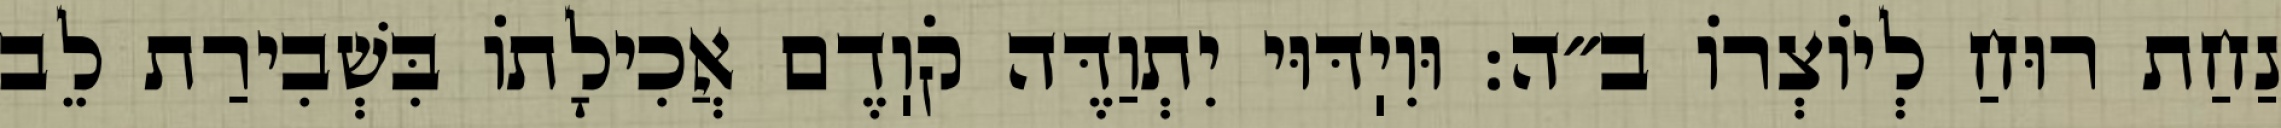
נַחַת רוּחַ לְיוֹצְרוֹ ב״ה: וּוִיֽדּוּי יִתְוַדֶּה קֹוֽדֶם אֲכִילָתוֹ בִּשְׁבִירַת לֵב